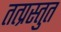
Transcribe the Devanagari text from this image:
तत्प्रस्तुत